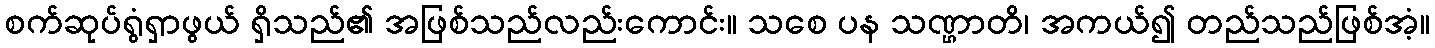
စက်ဆုပ်ရွံရှာဖွယ် ရှိသည်၏ အဖြစ်သည်လည်းကောင်း။ သစေ ပန သဏ္ဌာတိ၊ အကယ်၍ တည်သည်ဖြစ်အံ့။